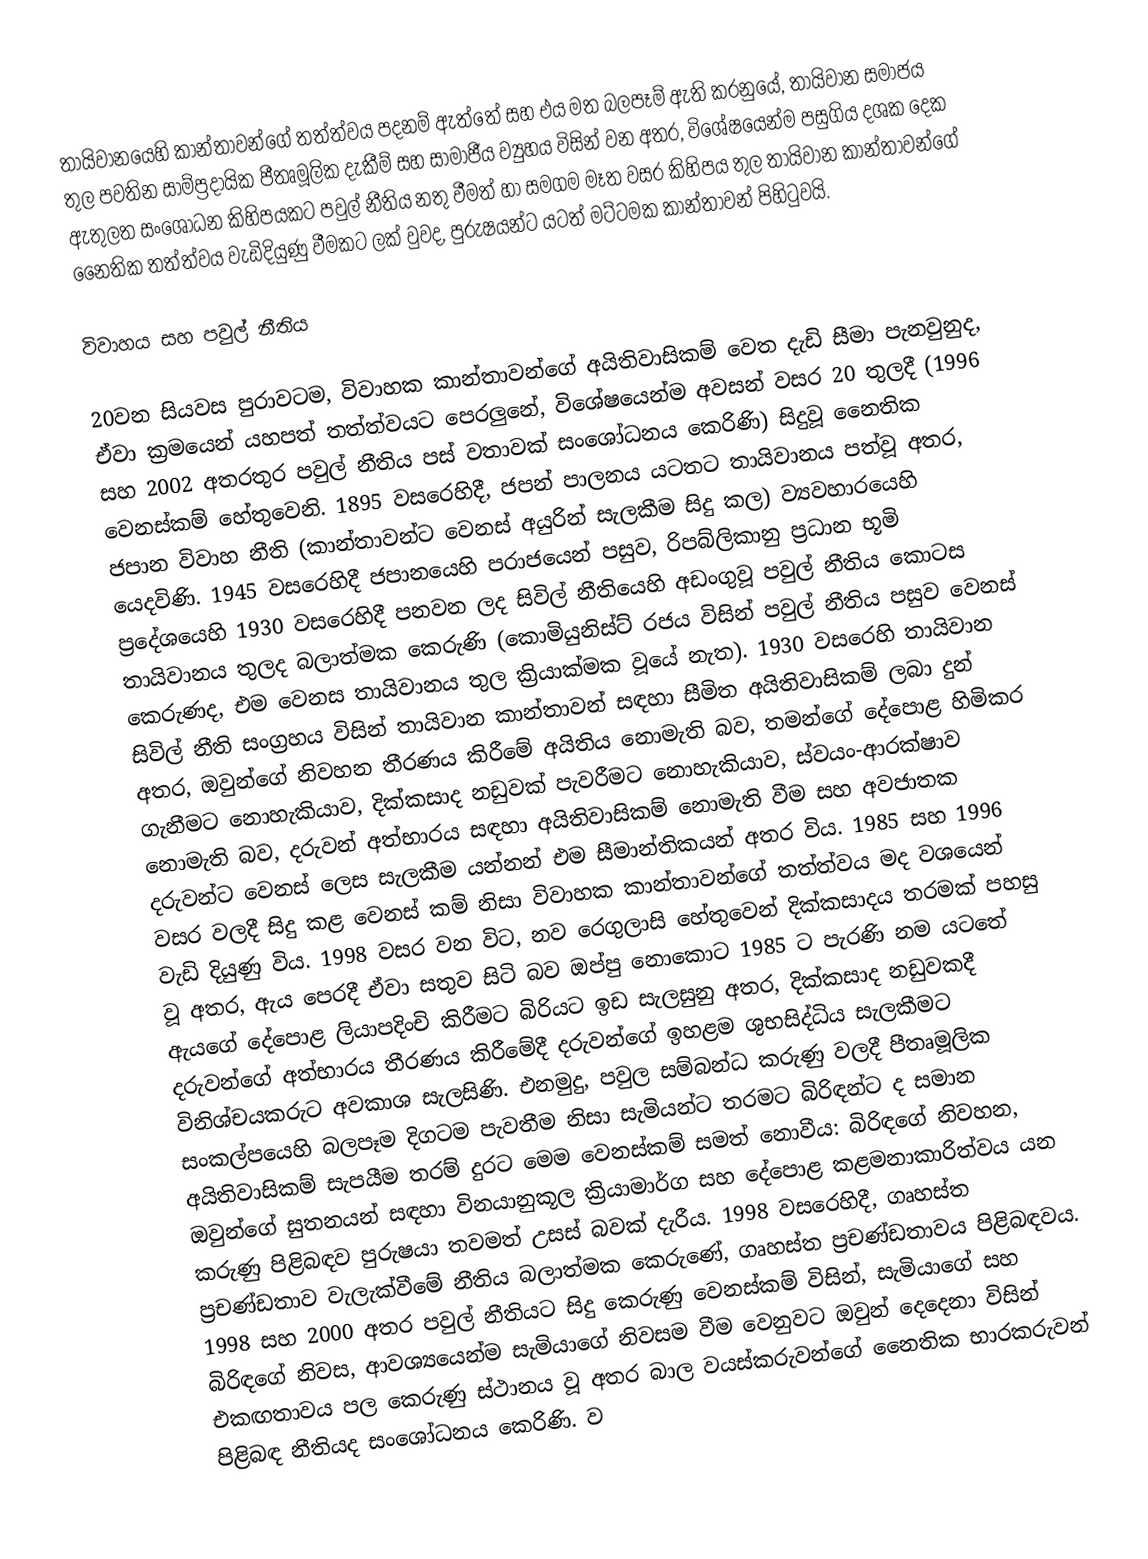
තායිවානයෙහි කාන්තාවන්ගේ තත්ත්වය පදනම් ඇත්තේ සහ එය මත බලපෑම් ඇති කරනුයේ, තායිවාන සමාජය තුල පවතින සාම්ප්‍රදායික  පීතෘමූලික දැකීම් සහ සාමාජීය ව්‍යුහය විසින් වන අතර, විශේෂයෙන්ම පසුගිය දශක දෙක ඇතුලත සංශෝධන කිහිපයකට පවුල් නීතිය නතු වීමත් හා සමගම මෑත වසර කිහිපය තුල තායිවාන කාන්තාවන්ගේ නෛතික තත්ත්වය වැඩිදියුණු වීමකට ලක් වුවද, පුරුෂයන්ට යටත් මට්ටමක කාන්තාවන් පිහිටුවයි.

විවාහය සහ පවුල් නීතිය

20වන සියවස පුරාවටම, විවාහක කාන්තාවන්ගේ අයිතිවාසිකම් වෙත දැඩි සීමා පැනවුනුද, ඒවා ක්‍රමයෙන් යහපත් තත්ත්වයට පෙරලුනේ, විශේෂයෙන්ම අවසන් වසර 20 තුලදී (1996 සහ 2002 අතරතුර පවුල් නීතිය පස් වතාවක් සංශෝධනය කෙරිණි) සිදුවූ නෛතික වෙනස්කම් හේතුවෙනි. 1895 වසරෙහිදී, ජපන් පාලනය යටතට  තායිවානය  පත්වූ අතර, ජපාන විවාහ නීති (කාන්තාවන්ට වෙනස් අයුරින් සැලකීම සිදු කල) ව්‍යවහාරයෙහි යෙදවිණි. 1945 වසරෙහිදී ජපානයෙහි පරාජයෙන් පසුව, රිපබ්ලිකානු ප්‍රධාන භූමි ප්‍රදේශයෙහි 1930 වසරෙහිදී පනවන ලද සිවිල් නීතියෙහි අඩංගුවූ පවුල් නීතිය කොටස තායිවානය තුලද බලාත්මක කෙරුණි (කොමියුනිස්ට් රජය විසින් පවුල් නීතිය පසුව වෙනස් කෙරුණද, එම වෙනස තායිවානය තුල ක්‍රියාක්මක වූයේ නැත). 1930 වසරෙහි තායිවාන සිවිල් නීති සංග්‍රහය විසින් තායිවාන කාන්තාවන් සඳහා සීමිත අයිතිවාසිකම් ලබා දුන් අතර, ඔවුන්ගේ නිවහන තීරණය කිරීමේ අයිතිය නොමැති බව, තමන්ගේ දේපොළ හිමිකර ගැනීමට නොහැකියාව, දික්කසාද නඩුවක් පැවරීමට නොහැකියාව, ස්වයං-ආරක්ෂාව නොමැති බව, දරුවන් අත්භාරය සඳහා අයිතිවාසිකම් නොමැති වීම සහ අවජාතක දරුවන්ට වෙනස් ලෙස සැලකීම යන්නන් එම සීමාන්තිකයන් අතර විය. 1985 සහ 1996 වසර වලදී සිදු කළ වෙනස් කම් නිසා විවාහක කාන්තාවන්ගේ තත්ත්වය මද වශයෙන් වැඩි දියුණු විය. 1998 වසර වන විට, නව රෙගුලාසි හේතුවෙන් දික්කසාදය තරමක් පහසු වූ අතර, ඇය පෙරදී ඒවා සතුව සිටි බව ඔප්පු නොකොට 1985 ට පැරණි නම යටතේ ඇයගේ දේපොළ ලියාපදිංචි කිරීමට බිරියට ඉඩ සැලසුනු අතර, දික්කසාද නඩුවකදී  දරුවන්ගේ අත්භාරය තීරණය කිරීමේදී දරුවන්ගේ ඉහළම ශුභසිද්ධිය සැලකීමට විනිශ්චයකරුට අවකාශ සැලසිණි. එනමුදු, පවුල සම්බන්ධ කරුණු වලදී පීතෘමූලික සංකල්පයෙහි බලපෑම දිගටම පැවතීම නිසා සැමියන්ට තරමට බිරිඳන්ට ද සමාන අයිතිවාසිකම් සැපයීම තරම් දුරට මෙම වෙනස්කම් සමත් නොවීය: බිරිඳගේ නිවහන, ඔවුන්ගේ සුතනයන් සඳහා විනයානුකූල ක්‍රියාමාර්ග සහ දේපොළ කළමනාකාරිත්වය යන කරුණු පිළිබඳව පුරුෂයා තවමත් උසස් බවක් දැරීය. 1998 වසරෙහිදී, ගෘහස්ත ප්‍රචණ්ඩතාව වැලැක්වීමේ නීතිය  බලාත්මක කෙරුණේ, ගෘහස්ත ප්‍රචණ්ඩතාවය පිළිබඳවය. 1998 සහ 2000 අතර පවුල් නීතියට සිදු කෙරුණු වෙනස්කම් විසින්, සැමියාගේ සහ බිරිඳගේ නිවස, ආවශ්‍යයෙන්ම සැමියාගේ නිවසම වීම වෙනුවට ඔවුන් දෙදෙනා විසින් එකඟතාවය පල කෙරුණු ස්ථානය වූ අතර බාල වයස්කරුවන්ගේ නෛතික භාරකරුවන් පිළිබඳ නීතියද සංශෝධනය කෙරිණි. ව